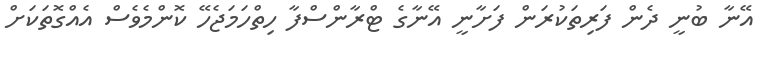
އޭނާ ބުނީ ދެން ފަރިތަކުރަން ފަށާނީ އޭނާގެ ޓްރާންސްފާ ހިތްހަމަޖެހޭ ކޮންމެވެސް އެއްގޮތަކަށް